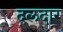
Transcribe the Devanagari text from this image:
दलदार